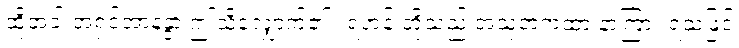
ထိုအခါ အရှင်အာနန္ဒာ ဤသို့လျှောက်၏။ ရဟန်းတို့သည် အသုဘကထာ နာကြား ရသဖြင့်